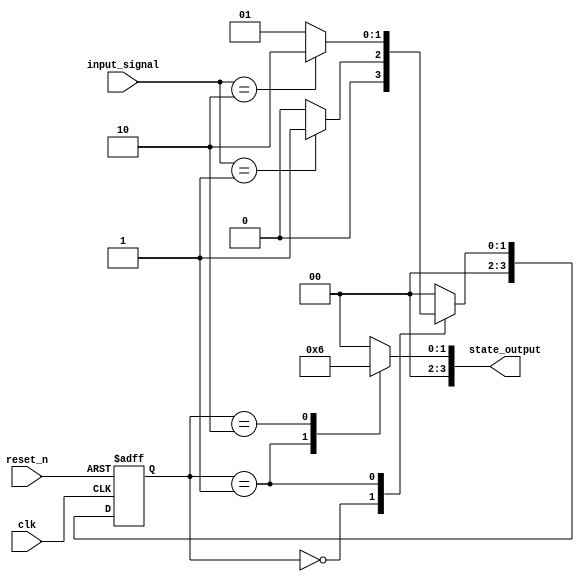
module default_state_initialization (
    input wire clk,          // Clock input
    input wire reset_n,      // Active-low reset signal
    input wire [1:0] input_signal, // Example input signals
    output reg [3:0] state_output // Example output based on current state
);

// State variable definition
reg [3:0] state; // 4-bit state variable
reg [3:0] next_state; // Next state variable

// State encoding (for example purposes)
localparam STATE_IDLE = 4'b0000,
           STATE_ACTIVE = 4'b0001,
           STATE_DONE = 4'b0010;

// Asynchronous reset and initialization logic
always @(posedge clk or negedge reset_n) begin
    if (!reset_n) begin
        // On reset, initialize state to IDLE
        state <= STATE_IDLE;
    end else begin
        // Update the state on clock edge
        state <= next_state;
    end
end

// State transition logic
always @(*) begin
    case (state)
        STATE_IDLE: begin
            if (input_signal == 2'b01) begin
                next_state = STATE_ACTIVE; // Transition to ACTIVE state
            end else begin
                next_state = STATE_IDLE; // Remain in IDLE state
            end
        end
        
        STATE_ACTIVE: begin
            if (input_signal == 2'b10) begin
                next_state = STATE_DONE; // Transition to DONE state
            end else begin
                next_state = STATE_ACTIVE; // Remain in ACTIVE state
            end
        end
        
        STATE_DONE: begin
            next_state = STATE_IDLE; // Transition back to IDLE state
        end
        
        default: begin
            next_state = STATE_IDLE; // Default to IDLE for undefined states
        end
    endcase
end

// Output logic
always @(*) begin
    // Output reflects the current state
    case (state)
        STATE_IDLE: state_output = 4'b0000; // Output for IDLE state
        STATE_ACTIVE: state_output = 4'b0001; // Output for ACTIVE state
        STATE_DONE: state_output = 4'b0010; // Output for DONE state
        default: state_output = 4'b0000; // Default output
    endcase
end

endmodule